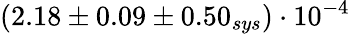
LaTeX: (2.18\pm 0.09\pm 0.50_{sys})\cdot 10^{-4}